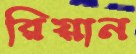
রিয়ান